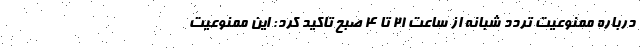
درباره ممنوعیت تردد شبانه از ساعت ۲۱ تا ۴ صبح تاکید کرد: این ممنوعیت